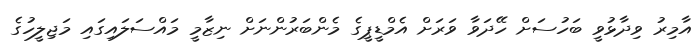
އާމިރު ވިދާޅުވީ ބަހުސަށް ހޭދަވާ ވަރަށް އެމްޑީޕީގެ މެންބަރުންނަށް ނިޒާމީ މައްސަލައިގައި މަޖިލީހުގެ